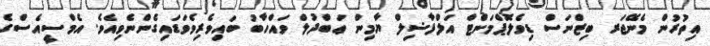
އިތުރުން މެނޭޖަރ ބިޒްނަސް ޑިވެލޮޕްމަންޓް އަލްފާޟިލް ޔާމިން ޢަބްދުލް ވައްހާބު ބައިވެރިވެވަޑައިގެންނެވިއެވެ. އެމްސީއެސްގެ